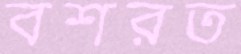
বশরত